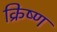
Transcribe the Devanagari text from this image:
क्रिष्ण